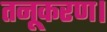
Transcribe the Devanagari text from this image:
तनूकरण।